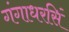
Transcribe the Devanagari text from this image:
गंगाधरसिं